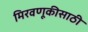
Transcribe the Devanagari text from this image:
मिरवणूकीसाठी